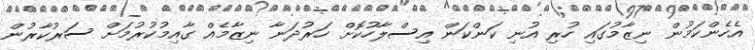
އެހެންކަމުން ނިޒާމުގައި ހުރި އުނި ކަންކަން އިސްލާހުކޮށް ހަރުދަނާ ނިޒާމެއް ގާއިމުކުރުމަށް ސަރުކާރުން